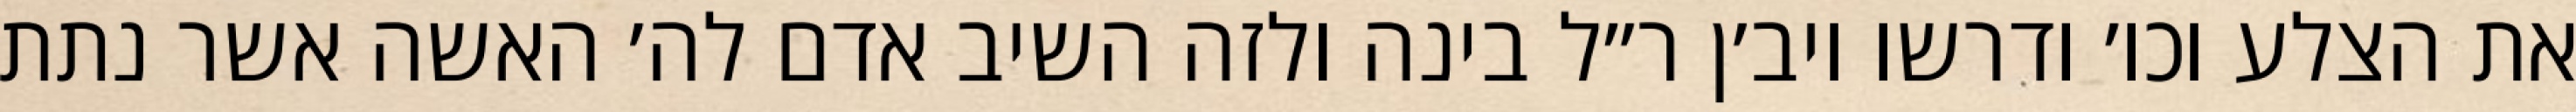
את הצלע וכו׳ ודרשו ויב׳ן ר״ל בינה ולזה השיב אדם לה׳ האשה אשר נתת